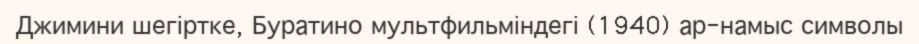
Джимини шегіртке, Буратино мультфильміндегі (1940) ар-намыс символы